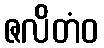
ဇလိတံဝ